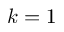
k = 1